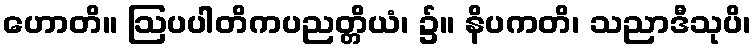
ဟောတိ။ ဩပပါတိကပညတ္တိယံ၊ ၌။ နိပကတိ၊ သညာဒီသုပိ၊